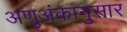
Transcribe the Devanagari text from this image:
अणुअंकानुसार